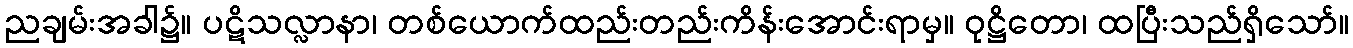
ညချမ်းအခါ၌။ ပဋိသလ္လာနာ၊ တစ်ယောက်ထည်းတည်းကိန်းအောင်းရာမှ။ ဝုဋ္ဌိတော၊ ထပြီးသည်ရှိသော်။